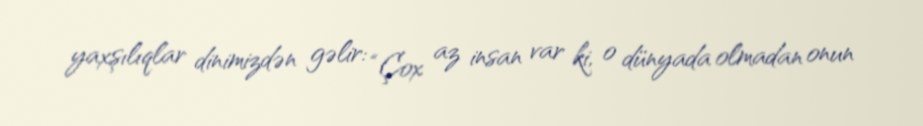
yaxşılıqlar dinimizdən gəlir: “Çox az insan var ki, o dünyada olmadan onun